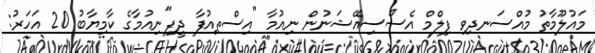
މައުލޫމާތު މުއްސަނދިވި ފިލްމް އެސޯސިއޭޝަނުން ނިއުމާ "އިސްތިއުފާ ދީފި"ނިއުމާގެ ކާމިޔާބު 20 އަހަރު: